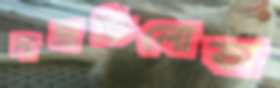
নাভ্রাতিলোভা